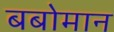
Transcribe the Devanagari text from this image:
बबोमान